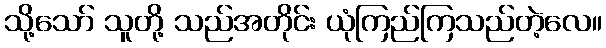
သို့သော် သူတို့ သည်အတိုင်း ယုံကြည်ကြသည်တဲ့လေ။